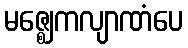
မဇ္ဈေကလျာဏံပေ